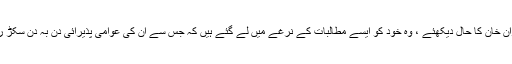
اب عمران خان کا حال دیکھئے ، وہ خود کو ایسے مطالبات کے نرغے میں لے گئے ہیں کہ جس سے اُن کی عوامی پذیرائی دن بہ دن سکڑ رہی ہے۔